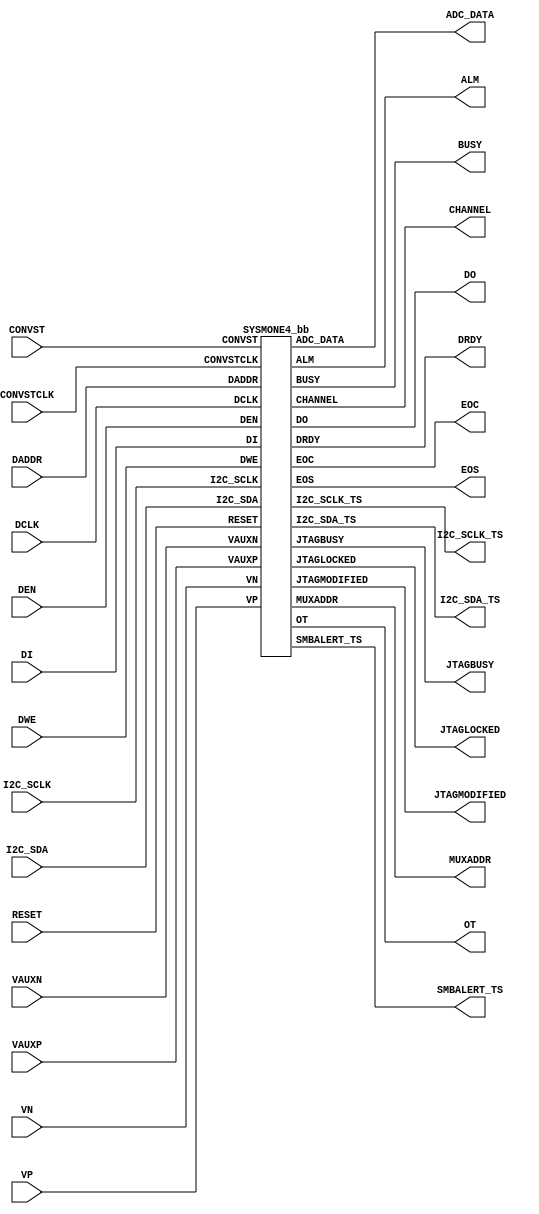
///////////////////////////////////////////////////////////////////////////////
//  Copyright (c) 1995/2016 Xilinx, Inc.
//  All Right Reserved.
///////////////////////////////////////////////////////////////////////////////
//   ____  ____
//  /   /\/   /
// /___/  \  /     Vendor      : Xilinx
// \   \   \/      Version     : 2016.1
//  \   \          Description : Xilinx Formal Library Component
//  /   /                        System Monitor 
// /___/   /\      Filename    : SYSMONE4.v
// \   \  /  \    
//  \___\/\___\
//
///////////////////////////////////////////////////////////////////////////////
// Revision:
//    03/17/15 - Initial version.
//    06/19/15 - 864019 - ADC_DATA synchronized to rising edge of EOC.
// End Revision
///////////////////////////////////////////////////////////////////////////////

`timescale 1ps / 1ps

`celldefine

  module SYSMONE4 #(
`ifdef XIL_TIMING
    parameter LOC = "UNPLACED",
`endif
    parameter [15:0] COMMON_N_SOURCE = 16'hFFFF,            
    parameter [15:0] INIT_40 = 16'h0000,
    parameter [15:0] INIT_41 = 16'h0000,
    parameter [15:0] INIT_42 = 16'h0000,
    parameter [15:0] INIT_43 = 16'h0000,
    parameter [15:0] INIT_44 = 16'h0000,
    parameter [15:0] INIT_45 = 16'h0000,
    parameter [15:0] INIT_46 = 16'h0000,
    parameter [15:0] INIT_47 = 16'h0000,
    parameter [15:0] INIT_48 = 16'h0000,
    parameter [15:0] INIT_49 = 16'h0000,
    parameter [15:0] INIT_4A = 16'h0000,
    parameter [15:0] INIT_4B = 16'h0000,
    parameter [15:0] INIT_4C = 16'h0000,
    parameter [15:0] INIT_4D = 16'h0000,
    parameter [15:0] INIT_4E = 16'h0000,
    parameter [15:0] INIT_4F = 16'h0000,
    parameter [15:0] INIT_50 = 16'h0000,
    parameter [15:0] INIT_51 = 16'h0000,
    parameter [15:0] INIT_52 = 16'h0000,
    parameter [15:0] INIT_53 = 16'h0000,
    parameter [15:0] INIT_54 = 16'h0000,
    parameter [15:0] INIT_55 = 16'h0000,
    parameter [15:0] INIT_56 = 16'h0000,
    parameter [15:0] INIT_57 = 16'h0000,
    parameter [15:0] INIT_58 = 16'h0000,
    parameter [15:0] INIT_59 = 16'h0000,
    parameter [15:0] INIT_5A = 16'h0000,
    parameter [15:0] INIT_5B = 16'h0000,
    parameter [15:0] INIT_5C = 16'h0000,
    parameter [15:0] INIT_5D = 16'h0000,
    parameter [15:0] INIT_5E = 16'h0000,
    parameter [15:0] INIT_5F = 16'h0000,
    parameter [15:0] INIT_60 = 16'h0000,
    parameter [15:0] INIT_61 = 16'h0000,
    parameter [15:0] INIT_62 = 16'h0000,
    parameter [15:0] INIT_63 = 16'h0000,
    parameter [15:0] INIT_64 = 16'h0000,
    parameter [15:0] INIT_65 = 16'h0000,
    parameter [15:0] INIT_66 = 16'h0000,
    parameter [15:0] INIT_67 = 16'h0000,
    parameter [15:0] INIT_68 = 16'h0000,
    parameter [15:0] INIT_69 = 16'h0000,
    parameter [15:0] INIT_6A = 16'h0000,
    parameter [15:0] INIT_6B = 16'h0000,
    parameter [15:0] INIT_6C = 16'h0000,
    parameter [15:0] INIT_6D = 16'h0000,
    parameter [15:0] INIT_6E = 16'h0000,
    parameter [15:0] INIT_6F = 16'h0000,
    parameter [15:0] INIT_70 = 16'h0000,
    parameter [15:0] INIT_71 = 16'h0000,
    parameter [15:0] INIT_72 = 16'h0000,
    parameter [15:0] INIT_73 = 16'h0000,
    parameter [15:0] INIT_74 = 16'h0000,
    parameter [15:0] INIT_75 = 16'h0000,
    parameter [15:0] INIT_76 = 16'h0000,
    parameter [15:0] INIT_77 = 16'h0000,
    parameter [15:0] INIT_78 = 16'h0000,
    parameter [15:0] INIT_79 = 16'h0000,
    parameter [15:0] INIT_7A = 16'h0000,
    parameter [15:0] INIT_7B = 16'h0000,
    parameter [15:0] INIT_7C = 16'h0000,
    parameter [15:0] INIT_7D = 16'h0000,
    parameter [15:0] INIT_7E = 16'h0000,
    parameter [15:0] INIT_7F = 16'h0000,
    parameter [0:0] IS_CONVSTCLK_INVERTED = 1'b0,
    parameter [0:0] IS_DCLK_INVERTED = 1'b0,
    parameter SIM_DEVICE = "ULTRASCALE_PLUS",   
    parameter SIM_MONITOR_FILE = "design.txt",
    parameter integer SYSMON_VUSER0_BANK = 0,
    parameter SYSMON_VUSER0_MONITOR = "NONE",
    parameter integer SYSMON_VUSER1_BANK = 0,
    parameter SYSMON_VUSER1_MONITOR = "NONE",
    parameter integer SYSMON_VUSER2_BANK = 0,
    parameter SYSMON_VUSER2_MONITOR = "NONE",
    parameter integer SYSMON_VUSER3_BANK = 0,
    parameter SYSMON_VUSER3_MONITOR = "NONE"        
)(
  output [15:0] ADC_DATA,
  output [15:0] ALM,
  output BUSY,
  output [5:0] CHANNEL,
  output [15:0] DO,
  output DRDY,
  output EOC,
  output EOS,
  output I2C_SCLK_TS,
  output I2C_SDA_TS,
  output JTAGBUSY,
  output JTAGLOCKED,
  output JTAGMODIFIED,
  output [4:0] MUXADDR,
  output OT,
  output SMBALERT_TS,
  
  input CONVST,
  input CONVSTCLK,
  input [7:0] DADDR,
  input DCLK,
  input DEN,
  input [15:0] DI,
  input DWE,
  input I2C_SCLK,
  input I2C_SDA,
  input RESET,
  input [15:0] VAUXN,
  input [15:0] VAUXP,
  input VN,
  input VP
  );


   wire DCLK_in;
   wire CONVSTCLK_in;
   
   assign DCLK_in = DCLK ^ IS_DCLK_INVERTED;
   assign CONVSTCLK_in = CONVSTCLK ^ IS_CONVSTCLK_INVERTED;

   SYSMONE4_bb inst_bb (
            .ADC_DATA(ADC_DATA),
            .ALM(ALM),
            .BUSY(BUSY),
            .CHANNEL(CHANNEL),
            .DO(DO),
            .DRDY(DRDY),
            .EOC(EOC),
            .EOS(EOS),
            .I2C_SCLK_TS(I2C_SCLK_TS),
            .I2C_SDA_TS(I2C_SDA_TS),
            .JTAGBUSY(JTAGBUSY),
            .JTAGLOCKED(JTAGLOCKED),
            .JTAGMODIFIED(JTAGMODIFIED),
            .MUXADDR(MUXADDR),
            .OT(OT),
            .SMBALERT_TS(SMBALERT_TS),
            .CONVST(CONVST),
            .CONVSTCLK(CONVSTCLK_in),
            .DADDR(DADDR),
            .DCLK(DCLK_in),
            .DEN(DEN),
            .DI(DI),
            .DWE(DWE),
            .I2C_SCLK(I2C_SCLK),
            .I2C_SDA(I2C_SDA),
            .RESET(RESET),
            .VAUXN(VAUXN),
            .VAUXP(VAUXP),
            .VN(VN),
            .VP(VP)
            );

endmodule 

module SYSMONE4_bb (
  output [15:0] ADC_DATA,
  output [15:0] ALM,
  output BUSY,
  output [5:0] CHANNEL,
  output [15:0] DO,
  output DRDY,
  output EOC,
  output EOS,
  output I2C_SCLK_TS,
  output I2C_SDA_TS,
  output JTAGBUSY,
  output JTAGLOCKED,
  output JTAGMODIFIED,
  output [4:0] MUXADDR,
  output OT,
  output SMBALERT_TS,
  
  input CONVST,
  input CONVSTCLK,
  input [7:0] DADDR,
  input DCLK,
  input DEN,
  input [15:0] DI,
  input DWE,
  input I2C_SCLK,
  input I2C_SDA,
  input RESET,
  input [15:0] VAUXN,
  input [15:0] VAUXP,
  input VN,
  input VP
);

endmodule 

`endcelldefine